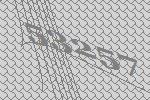
53257